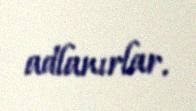
adlanırlar.